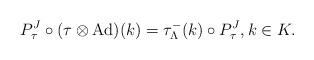
\begin{align*}P^J_\tau \circ (\tau\otimes \mathrm{Ad})(k)=\tau_\Lambda^-(k)\circ P^J_\tau,k\in K.\end{align*}